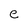
Character: e